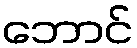
ဘောင်